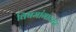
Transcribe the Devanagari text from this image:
विषमांगावरण